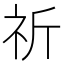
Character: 祈